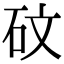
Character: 砇